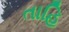
તાહિ